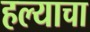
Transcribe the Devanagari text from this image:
हल्याचा